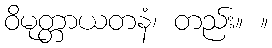
ဝိမုတ္တာယတနံ၊ တည်း။ ။